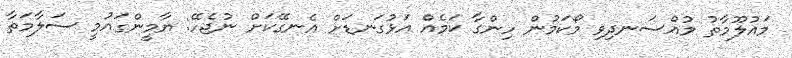
މައުލޫމާތު މުއްސަނދިވި މޯކަމުން ހިންގާ ކަމެއް އަޅުގަނޑަށް އެނގޭކަށް ނުޖެހޭ: ޔާމީންގައުމީ ސަލާމަތާ